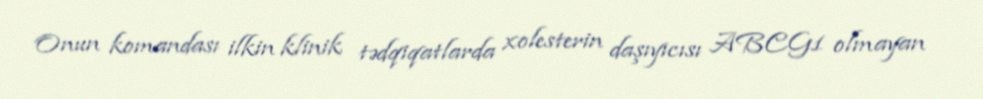
Onun komandası ilkin klinik tədqiqatlarda xolesterin daşıyıcısı ABCG1 olmayan